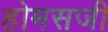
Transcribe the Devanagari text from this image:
होमसजी